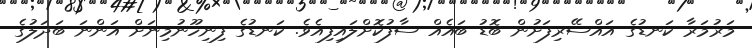
މަރުމަރާ ކަނޑުގެ އައްސޭރިފަށުން ބޮޑު ބައެއް ސާފުކޮށްލައިފިއެވެ. ކަނޑުގެ ފިނިހޫނުމިނަށް އަންނަ ބަދަލުގެ